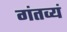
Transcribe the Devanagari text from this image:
गंतव्यं